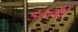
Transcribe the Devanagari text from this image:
डल्सी